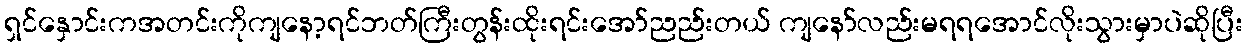
ရှင်နှောင်းကအတင်းကိုကျနော့ရင်ဘတ်ကြီးတွန်းထိုးရင်းအော်ညည်းတယ် ကျနော်လည်းမရရအောင်လိုးသွားမှာပဲဆိုပြီး